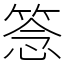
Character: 𥮘